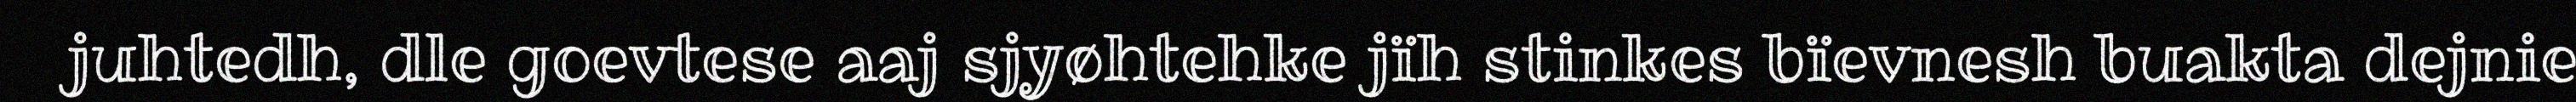
juhtedh, dle goevtese aaj sjyøhtehke jïh stinkes bïevnesh buakta dejnie